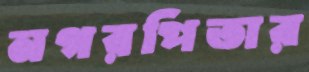
নগরপিতার